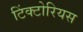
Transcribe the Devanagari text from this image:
टिंक्टोरियस